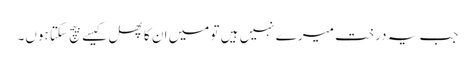
جب یہ درخت میرے نہیں ہیں تو میں ان کا پھل کیسے بیچ سکتا ہوں۔